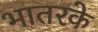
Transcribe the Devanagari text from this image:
भातरके